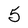
Character: 5